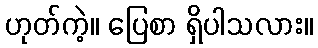
ဟုတ်ကဲ့။ ပြေစာ ရှိပါသလား။